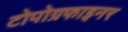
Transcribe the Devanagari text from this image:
टोपोग्रफाइनर